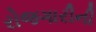
રોજગારીની